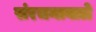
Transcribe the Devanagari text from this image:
संरचनावाले